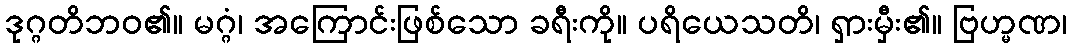
ဒုဂ္ဂတိဘဝ၏။ မဂ္ဂံ၊ အကြောင်းဖြစ်သော ခရီးကို။ ပရိယေသတိ၊ ရှားမှီး၏။ ဗြဟ္မဏ၊